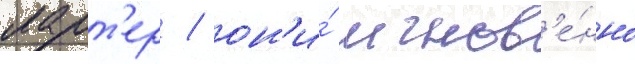
ларт'ер / он'и́ мгнов'е́нно